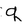
Character: q